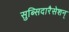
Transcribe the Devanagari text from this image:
सुब्सिदारैसेशन्